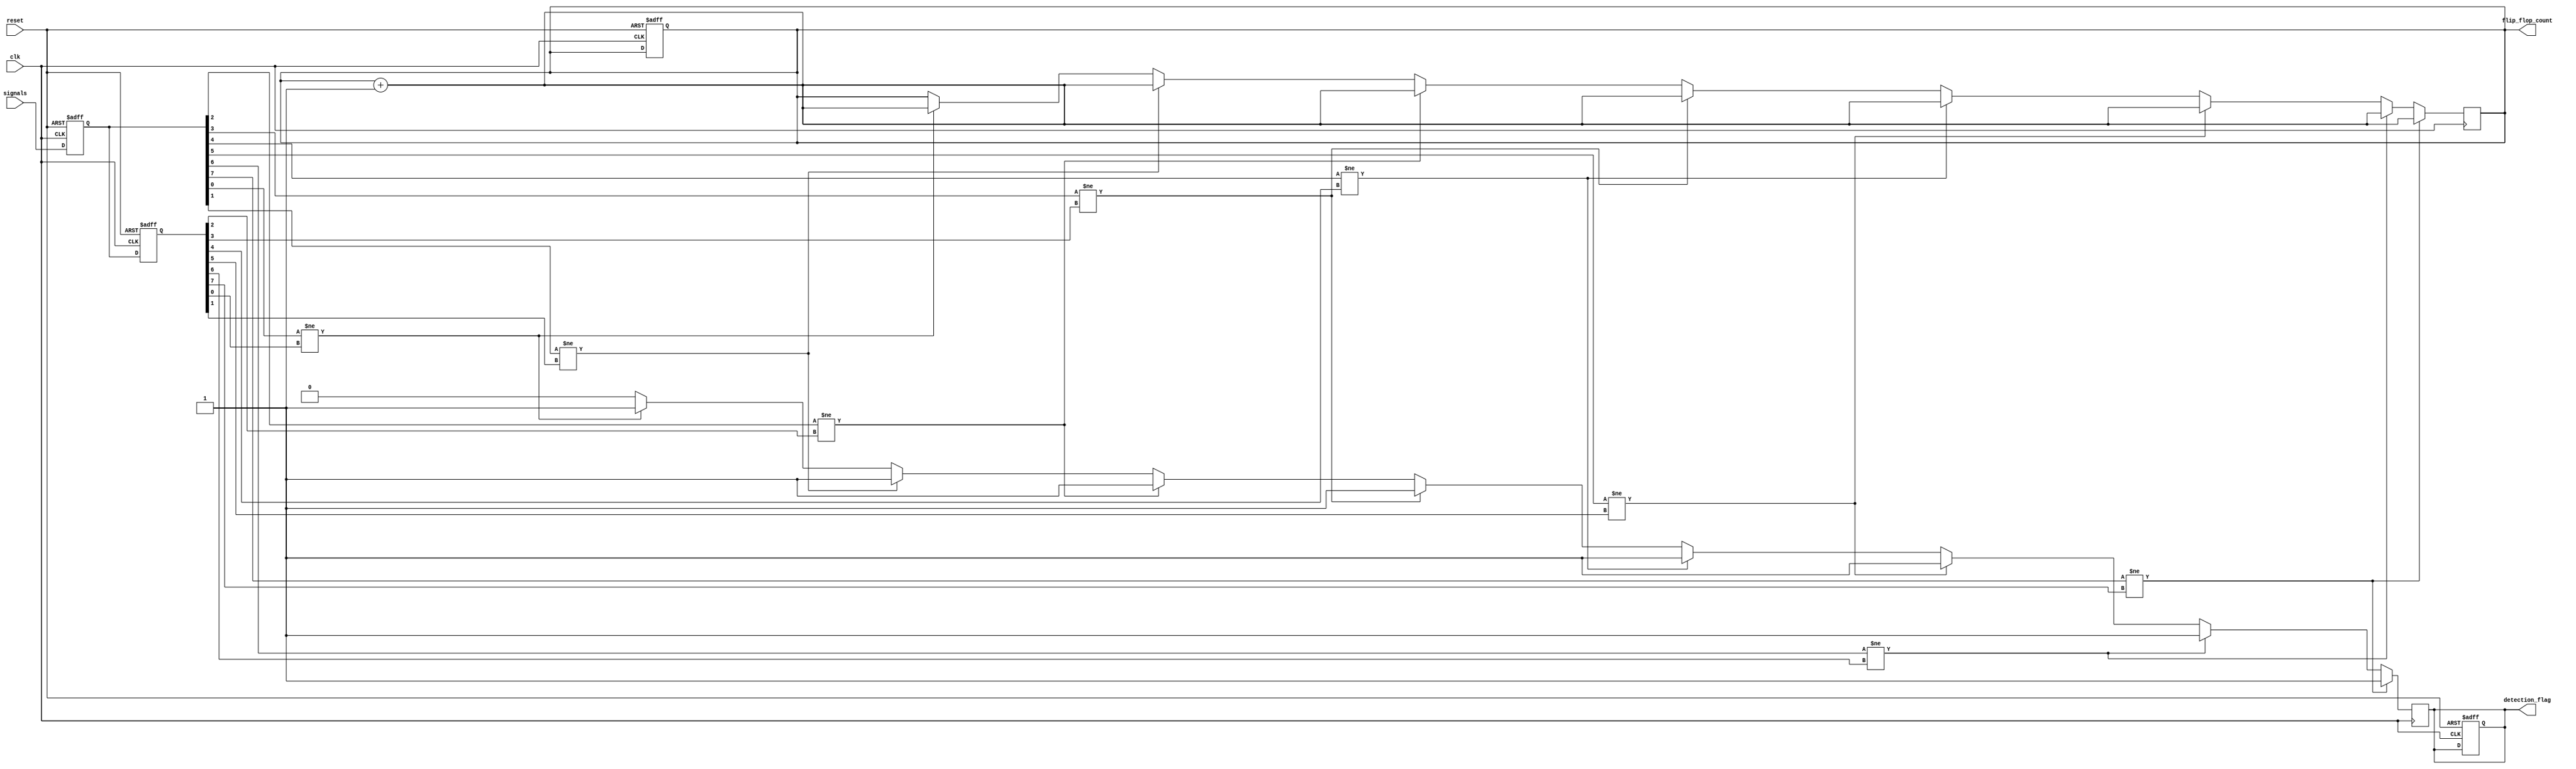
module FlipFlopDetector #(
    parameter NUM_SIGNALS = 8,  // Number of signals to monitor
    parameter MEMORY_DEPTH = 2   // Depth of memory blocks (previous and current states)
)(
    input wire clk,
    input wire reset,
    input wire [NUM_SIGNALS-1:0] signals, // Input digital signal stream
    output reg [15:0] flip_flop_count,     // Count of detected flip-flops
    output reg detection_flag               // Detection status flag
);

    // Memory blocks to store previous and current states
    reg [NUM_SIGNALS-1:0] memory [0:MEMORY_DEPTH-1]; // Memory blocks

    integer i;

    // State Initialization
    initial begin
        flip_flop_count = 0;
        detection_flag = 0;
        for (i = 0; i < MEMORY_DEPTH; i = i + 1) begin
            memory[i] = 0;
        end
    end

    // Memory block behavior: Capture current state on clock edge
    always @(posedge clk or posedge reset) begin
        if (reset) begin
            flip_flop_count <= 0;
            detection_flag <= 0;
            for (i = 0; i < MEMORY_DEPTH; i = i + 1) begin
                memory[i] <= 0;
            end
        end else begin
            // Shift memory states
            memory[0] <= signals; // Current state
            memory[1] <= memory[0]; // Previous state
        end
    end

    // Detection logic: Analyze stored states to identify flip-flops
    always @(posedge clk) begin
        detection_flag <= 0; // Reset detection flag for this clock cycle
        for (i = 0; i < NUM_SIGNALS; i = i + 1) begin
            // Check for flip-flop behavior
            if (memory[0][i] != memory[1][i]) begin
                flip_flop_count <= flip_flop_count + 1; // Increment count
                detection_flag <= 1; // Set detection flag
            end
        end
    end

endmodule